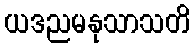
ယဒညမနုသာသတိ